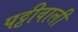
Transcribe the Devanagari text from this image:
पट्टीवाली